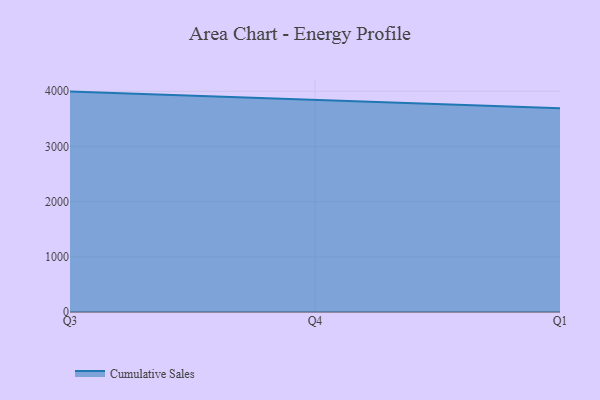
{"axis": {"x": "Quarter", "y": "Churn Rate (%)"}, "legend": ["Cumulative Sales"], "data": [{"x": "Q3", "y": 3994.3, "type": "Cumulative Sales"}, {"x": "Q4", "y": 3849.0, "type": "Cumulative Sales"}, {"x": "Q1", "y": 3692.1, "type": "Cumulative Sales"}]}